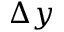
\Delta y